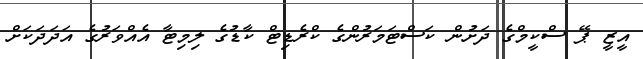
އީޒީ ޕޭ ސްކީމްގެ ދަށުން ކަސްޓަމަރުންގެ ކްރެޑިޓް ކާޑުގެ ލިމިޓާ އެއްވަރުގެ އަދަދަކަށް